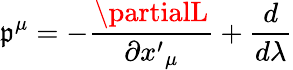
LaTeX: \mathfrak{p}^{\mu}=-\frac{{\partialL}}{{\partial{x^{\prime}}_{\mu}}}+\frac{{d}}{{d\lambda}}